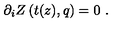
\partial _ { i } Z \left( t ( z ) , q \right) = 0 \ .